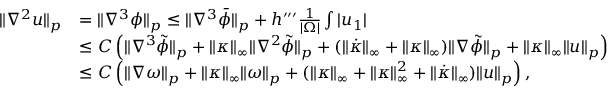
\begin{array} { r l } { \| \nabla ^ { 2 } u \| _ { p } } & { = \| \nabla ^ { 3 } \phi \| _ { p } \leq \| \nabla ^ { 3 } \bar { \phi } \| _ { p } + h ^ { \prime \prime \prime } \frac { 1 } { | \Omega | } \int | u _ { 1 } | } \\ & { \leq C \left( \| \nabla ^ { 3 } \tilde { \phi } \| _ { p } + \| \kappa \| _ { \infty } \| \nabla ^ { 2 } \tilde { \phi } \| _ { p } + ( \| \dot { \kappa } \| _ { \infty } + \| \kappa \| _ { \infty } ) \| \nabla \tilde { \phi } \| _ { p } + \| \kappa \| _ { \infty } \| u \| _ { p } \right) } \\ & { \leq C \left( \| \nabla \omega \| _ { p } + \| \kappa \| _ { \infty } \| \omega \| _ { p } + ( \| \kappa \| _ { \infty } + \| \kappa \| _ { \infty } ^ { 2 } + \| \dot { \kappa } \| _ { \infty } ) \| u \| _ { p } \right) , } \end{array}